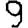
Digit: 9